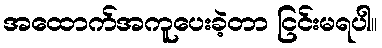
အထောက်အကူပေးခဲ့တာ ငြင်းမရပါ။